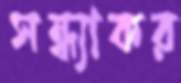
সন্ধ্যাকর